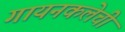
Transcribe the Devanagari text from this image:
गायनकलेची